Lunatic asylums United Provinces 1899-1908 - 1899-1908
Year: 1899
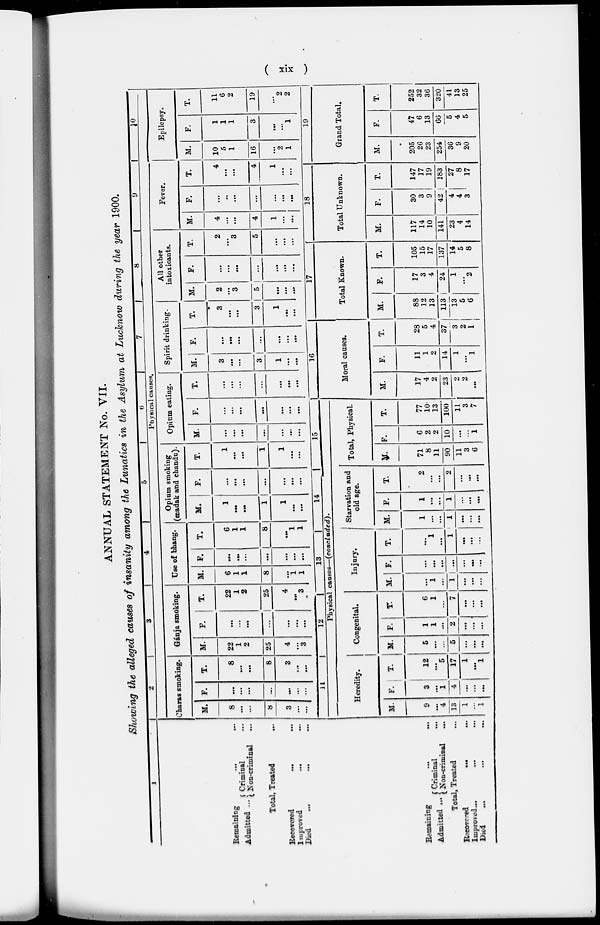
( xix )
ANNUAL STATEMENT No. VII.
Showing the alleged causes of insanity among the Lunatics in the Asylum at Lucknow during the year 1900.
1
Remaining … …
Admitted ...
Criminal
...
Non-criminal
...
Total, Treated …
Recovered
…
...
Improved
…
...
Died
...
...
2
3
4
5
6
7
8
9
10
Physical causes.
Charas smoking.
M.
8
…
…
8
3
...
…
F.
…
...
...
...
…
...
...
T.
8
...
…
8
3
…
...
Gánja smoking.
M.
22
1
2
25
4
…
3
F.
...
...
...
...
…
…
…
T.
22
1
2
25
4
…
3
Use of bhang.
M.
6
1
1
8
…
1
1
F.
...
…
…
...
…
...
…
T.
6
1
1
8
...
1
1
Opium smoking
(madak and chandu).
M.
1
…
…
1
1
...
…
F.
…
…
…
...
…
…
...
T.
1
...
…
1
1
…
…
Opium eating.
M.
…
…
…
…
…
…
…
F.
…
...
…
...
...
...
...
T.
…
…
…
...
…
…
…
Spirit drinking.
M.
3
…
…
3
1
...
…
F.
…
…
...
...
…
...
...
T.
3
…
…
3
1
…
…
All other
intoxicants.
M.
2
…
3
5
…
...
…
F.
...
…
…
...
...
…
...
T.
2
...
3
5
…
...
...
Fever.
M.
4
…
…
4
1
...
...
F.
…
…
...
...
…
…
…
T.
4
…
…
4
1
...
...
Epilepsy.
M.
10
5
1
16
…
2
1
F.
1
1
1
3
…
...
1
T.
11
6
2
19
…
2
2
Remaining … …
Admitted ... Criminal …
Non-criminal
...
Total, Treated …
Recovered … …
Improved...
...
...
Died
...
…
...
11
12
13
14
15
Physical causes—(concluded).
Heredity.
M.
9
...
4
13
1
...
1
F.
3
...
1
4
…
...
…
T.
12
...
5
17
1
…
1
Congenital.
M.
5
…
...
5
...
...
…
F.
1
1
...
2
...
...
...
T.
6
1
...
7
…
…
…
Injury.
M.
…
1
…
1
…
…
...
F.
…
…
...
...
…
…
…
T.
…
1
...
1
…
…
...
Starvation and
old age.
M.
1
…
…
1
…
…
…
F.
1
…
…
1
…
…
…
T.
2
…
…
2
...
...
…
Total, Physical.
M.
71
8
11
90
11
3
6
F.
6
2
2
10
…
…
1
T.
77
10
13
100
11
3
7
16
Moral causes.
M.
17
4
2
23
2
2
...
F.
11
1
2
14
1
…
1
T.
28
5
4
37
3
2
1
17
Total Known.
M.
88
12
13
113
13
5
6
F.
17
3
4
24
1
…
2
T.
105
15
17
137
14
5
8
18
Total Unknown.
M.
117
14
10
141
23
4
14
F.
30
3
9
42
4 1
4
3
T.
147
17
19
183
27
8
17
19
Grand Total.
M.
205
26
23
254
36
9
20
F.
47
6
13
66
5
4
5
T.
252
32
36
320
41
13
25